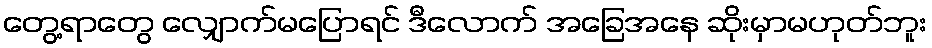
တွေ့ရာတွေ လျှောက်မပြောရင် ဒီလောက် အခြေအနေ ဆိုးမှာမဟုတ်ဘူး